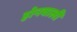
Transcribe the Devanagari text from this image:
होनवाली